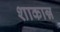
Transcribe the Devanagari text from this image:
शाकान्न